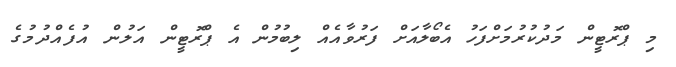
މި ޕްރޮޓީން މަދުކުރުމަށްފަހު އެބޯލާއަށް ފަރުވާއެއް ލިބުމުން އެ ޕްރޮޓީން އަލުން އުފެއްދުމުގެ